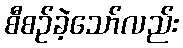
စီစဉ်ခဲ့သော်လည်း